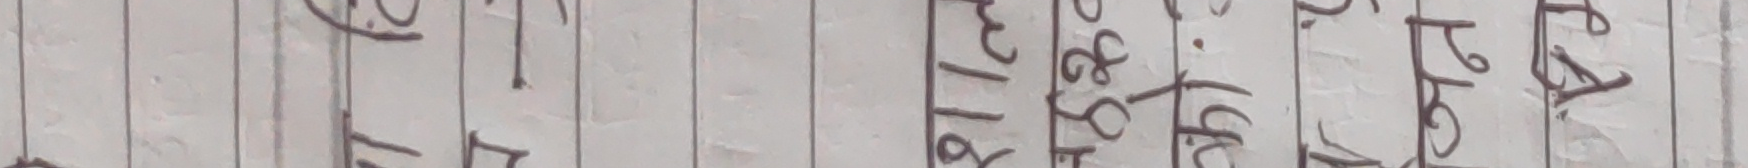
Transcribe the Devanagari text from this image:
प १९ सा
द ८० झा
ट ३४ पा
ख ८ १९ ठा
य ३ २० ला
ध ८ १७ मा
र ३ ०७
क १
स ७